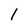
Character: 1